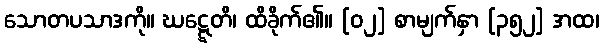
သောတပသာဒကို။ ဃဋ္ဋေတိ၊ ထိခိုက်၏။ [၀၂] စာမျက်နှာ [၃၅၂] အထ၊